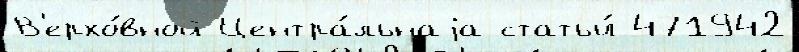
В'ерхо́вной Центра́льнаjа статьи́ 471942